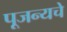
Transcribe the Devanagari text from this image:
पूजन्यचे